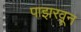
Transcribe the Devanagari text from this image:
पाझरवून